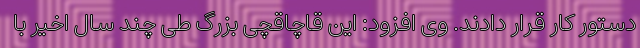
دستور کار قرار دادند. وی افزود: این قاچاقچی بزرگ طی چند سال اخیر با